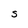
Character: S